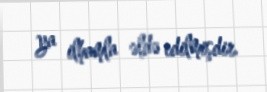
ya ilhamla əldə edilmişdir.